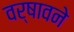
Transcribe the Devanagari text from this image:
वर्षावने